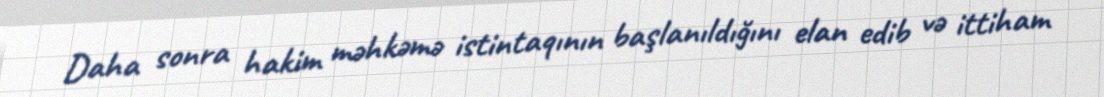
Daha sonra hakim məhkəmə istintaqının başlanıldığını elan edib və ittiham